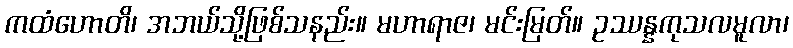
ကထံဟောတိ၊ အဘယ်သို့ဖြစ်သနည်း။ မဟာရာဇ၊ မင်းမြတ်။ ဥဿန္နကုသလမူလာ၊